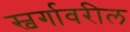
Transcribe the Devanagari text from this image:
स्वर्गावरील